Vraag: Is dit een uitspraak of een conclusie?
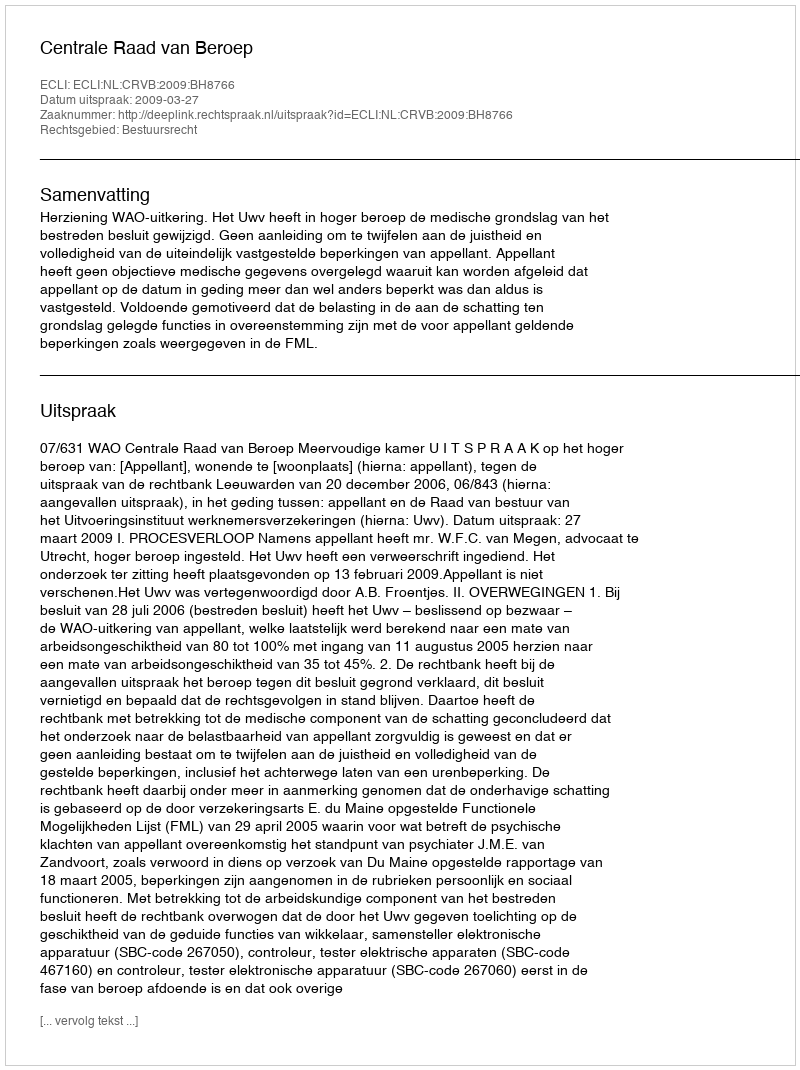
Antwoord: Uitspraak